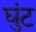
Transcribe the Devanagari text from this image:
घुंट